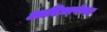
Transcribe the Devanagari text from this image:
आदिभाषेच्या